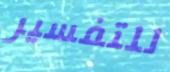
للتفسير